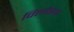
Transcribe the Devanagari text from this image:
विलोडन